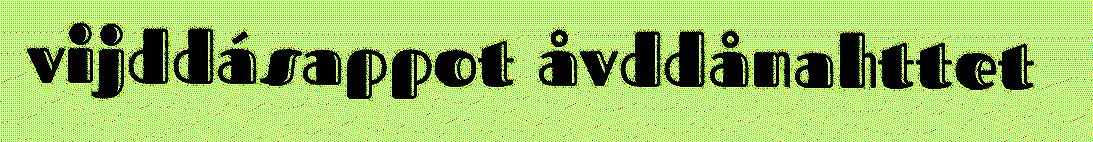
vijddásappot åvddånahttet